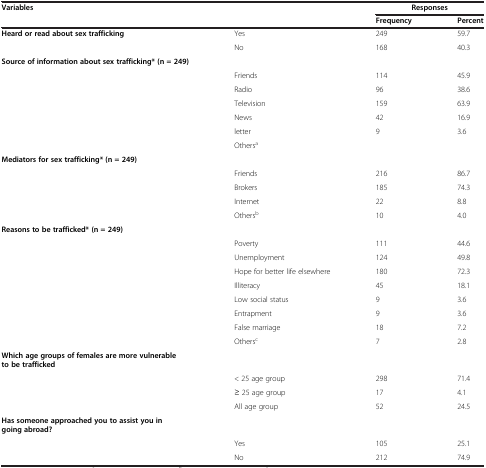
<table><thead><tr><td rowspan="2" colspan="2"><b>Variables</b></td><td colspan="2"><b>Responses</b></td></tr><tr><td><b>Frequency</b></td><td><b>Percent</b></td></tr></thead><tbody><tr><td><b>Heard or read about sex trafficking</b></td><td>Yes</td><td>249</td><td>59.7</td></tr><tr><td> </td><td>No</td><td>168</td><td>40.3</td></tr><tr><td><b>Source of information about sex trafficking* (n = 249)</b></td><td> </td><td> </td><td> </td></tr><tr><td> </td><td>Friends</td><td>114</td><td>45.9</td></tr><tr><td> </td><td>Radio</td><td>96</td><td>38.6</td></tr><tr><td> </td><td>Television</td><td>159</td><td>63.9</td></tr><tr><td> </td><td>News</td><td>42</td><td>16.9</td></tr><tr><td> </td><td>letter</td><td>9</td><td>3.6</td></tr><tr><td> </td><td>Others<sup>a</sup></td><td> </td><td> </td></tr><tr><td><b>Mediators for sex trafficking* (n = 249)</b></td><td> </td><td> </td><td> </td></tr><tr><td> </td><td>Friends</td><td>216</td><td>86.7</td></tr><tr><td> </td><td>Brokers</td><td>185</td><td>74.3</td></tr><tr><td> </td><td>Internet</td><td>22</td><td>8.8</td></tr><tr><td> </td><td>Others<sup>b</sup></td><td>10</td><td>4.0</td></tr><tr><td><b>Reasons to be trafficked* (n = 249)</b></td><td> </td><td> </td><td> </td></tr><tr><td> </td><td>Poverty</td><td>111</td><td>44.6</td></tr><tr><td> </td><td>Unemployment</td><td>124</td><td>49.8</td></tr><tr><td> </td><td>Hope for better life elsewhere</td><td>180</td><td>72.3</td></tr><tr><td> </td><td>Illiteracy</td><td>45</td><td>18.1</td></tr><tr><td> </td><td>Low social status</td><td>9</td><td>3.6</td></tr><tr><td> </td><td>Entrapment</td><td>9</td><td>3.6</td></tr><tr><td> </td><td>False marriage</td><td>18</td><td>7.2</td></tr><tr><td> </td><td>Others<sup>c</sup></td><td>7</td><td>2.8</td></tr><tr><td><b>Which age groups of females are more vulnerable to be trafficked</b></td><td> </td><td> </td><td> </td></tr><tr><td> </td><td>&lt; 25 age group</td><td>298</td><td>71.4</td></tr><tr><td> </td><td>≥ 25 age group</td><td>17</td><td>4.1</td></tr><tr><td> </td><td>All age group</td><td>52</td><td>24.5</td></tr><tr><td><b>Has someone approached you to assist you in going abroad?</b></td><td> </td><td> </td><td> </td></tr><tr><td> </td><td>Yes</td><td>105</td><td>25.1</td></tr><tr><td> </td><td>No</td><td>212</td><td>74.9</td></tr></tbody></table>